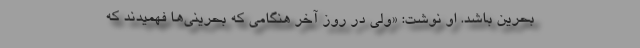
بحرین باشد. او نوشت: «ولی در روز آخر هنگامی که بحرینی‌ها فهمیدند که